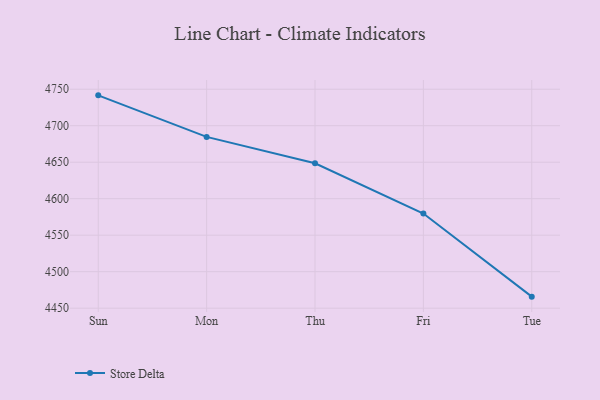
{"axis": {"x": "Day", "y": "Inventory Turnover"}, "legend": ["Store Delta"], "data": [{"x": "Sun", "y": 4741.6, "type": "Store Delta"}, {"x": "Mon", "y": 4684.7, "type": "Store Delta"}, {"x": "Thu", "y": 4648.5, "type": "Store Delta"}, {"x": "Fri", "y": 4579.7, "type": "Store Delta"}, {"x": "Tue", "y": 4465.8, "type": "Store Delta"}]}